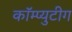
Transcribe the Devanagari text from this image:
कॉम्प्युटीग